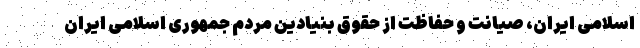
اسلامی ایران، صیانت و حفاظت از حقوق بنیادین مردم جمهوری اسلامی ایران